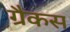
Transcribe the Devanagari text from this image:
ग्रैकस